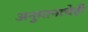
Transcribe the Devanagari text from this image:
अनुमानाचेही